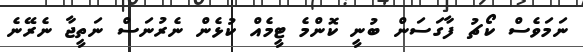
ނަމަވެސް ކޯޗު ފާގަސަން ބުނީ ކޮންމެ ޓީމެއް ކުޅެން ނެރުނަސް ނަތީޖާ ނެރޭނެ